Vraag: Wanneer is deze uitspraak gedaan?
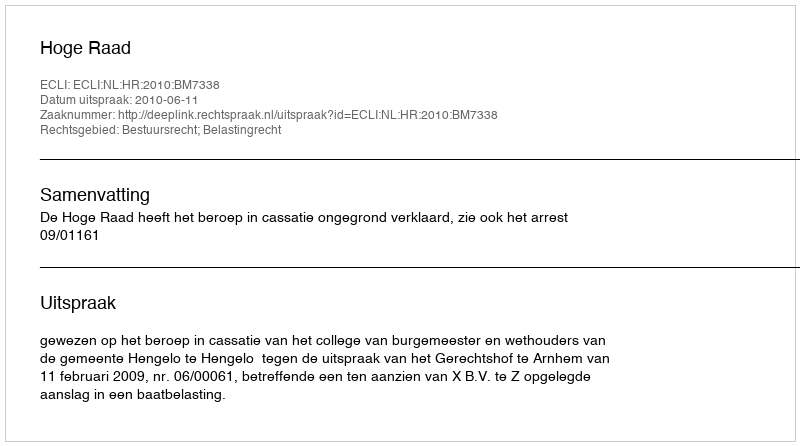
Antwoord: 2010-06-11